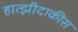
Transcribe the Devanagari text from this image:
हात्झीदाकीस